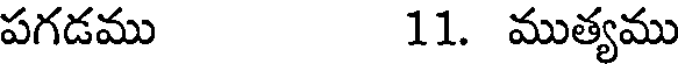
పగడము 11. ముత్యము